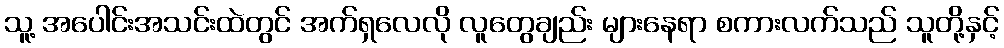
သူ့ အပေါင်းအသင်းထဲတွင် အက်ရှလေလို လူတွေချည်း များနေရာ စကားလက်သည် သူတို့နှင့်